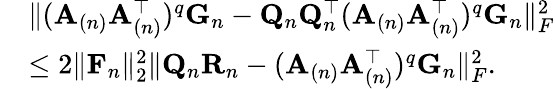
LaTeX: \begin{array}{rl}&{\| (\mathbf{A}_{(n)}\mathbf{A}_{(n)}^{\top})^{q}\mathbf{G}_{n}-\mathbf{Q}_{n}\mathbf{Q}_{n}^{\top}(\mathbf{A}_{(n)}\mathbf{A}_{(n)}^{\top})^{q}\mathbf{G}_{n}\| _{F}^{2}}\\ &{\leq 2\| \mathbf{F}_{n}\| _{2}^{2}\| \mathbf{Q}_{n}\mathbf{R}_{n}-(\mathbf{A}_{(n)}\mathbf{A}_{(n)}^{\top})^{q}\mathbf{G}_{n}\| _{F}^{2}.}\end{array}